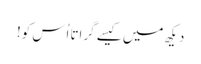
دیکھ میں کیسے گراتا اُس کو!